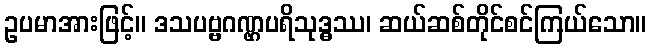
ဥပမာအားဖြင့်။ ဒသပဗ္ဗဂဏ္ဌပရိသုဒ္ဓဿ၊ ဆယ်ဆစ်တိုင်စင်ကြယ်သော။